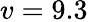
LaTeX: v=9.3